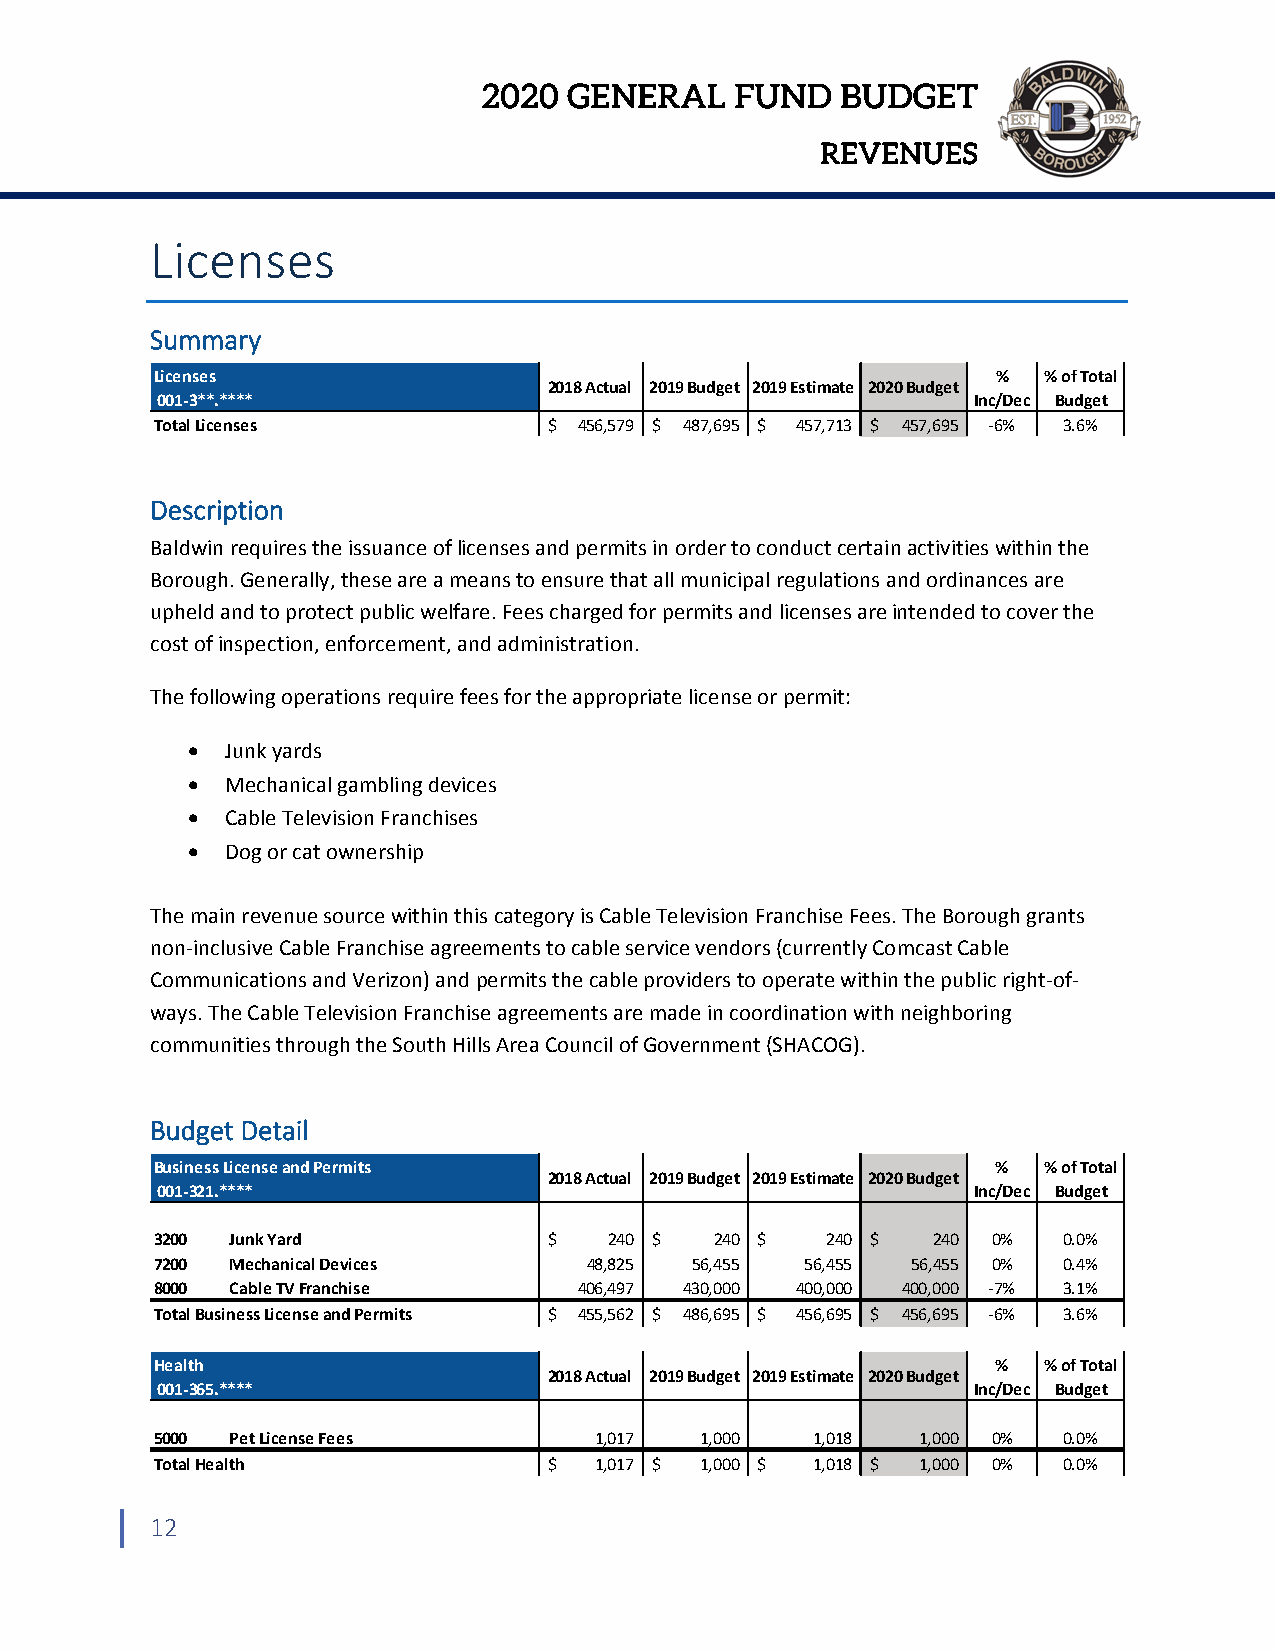
2020  GENERAL    FUND   BUDGET
 REVENUES
 Licenses
 Summary
 Licenses                                                %  % of Total
 2018 Actual 2019 Budget 2019 Estimate 2020 Budget
 001‐3**.****                                          Inc/Dec Budget
 Total Licenses            $ 456,579 $ 487,695 $ 457,713 $ 457,695 ‐6% 3.6%
 Description
 Baldwin requires the issuance of licenses and permits in order to conduct certain activities within the
 Borough. Generally, these are a means to ensure that all municipal regulations and ordinances are
 upheld and to protect public welfare. Fees charged for permits and licenses are intended to cover the
 cost of inspection, enforcement, and administration.
 The following operations require fees for the appropriate license or permit:
   Junk yards
   Mechanical gambling devices
   Cable Television Franchises
   Dog or cat ownership
 The main revenue source within this category is Cable Television Franchise Fees. The Borough grants
 non‐inclusive Cable Franchise agreements to cable service vendors (currently Comcast Cable
 Communications and Verizon) and permits the cable providers to operate within the public right‐of‐
 ways. The Cable Television Franchise agreements are made in coordination with neighboring
 communities through the South Hills Area Council of Government (SHACOG).
 Budget Detail
 Business License and Permits                            %  % of Total
 2018 Actual 2019 Budget 2019 Estimate 2020 Budget
 001‐321.****                                          Inc/Dec Budget
 3200 Junk Yard            $   240 $  240 $   240 $  240 0%  0.0%
 7200 Mechanical Devices      48,825 56,455 56,455 56,455 0% 0.4%
 8000 Cable TV Franchise     406,497 430,000 400,000 400,000 ‐7% 3.1%
 Total Business License and Permits $ 455,562 $ 486,695 $ 456,695 $ 456,695 ‐6% 3.6%
 Health                                                  %  % of Total
 2018 Actual 2019 Budget 2019 Estimate 2020 Budget
 001‐365.****                                          Inc/Dec Budget
 5000 Pet License Fees        1,017  1,000   1,018  1,000 0% 0.0%
 Total Health              $  1,017 $ 1,000 $ 1,018 $ 1,000 0% 0.0%
 12